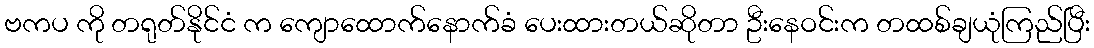
ဗကပ ကို တရုတ်နိုင်ငံ က ကျောထောက်နောက်ခံ ပေးထားတယ်ဆိုတာ ဦးနေဝင်းက တထစ်ချယုံကြည်ပြီး